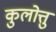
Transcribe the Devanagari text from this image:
कुलोत्तु